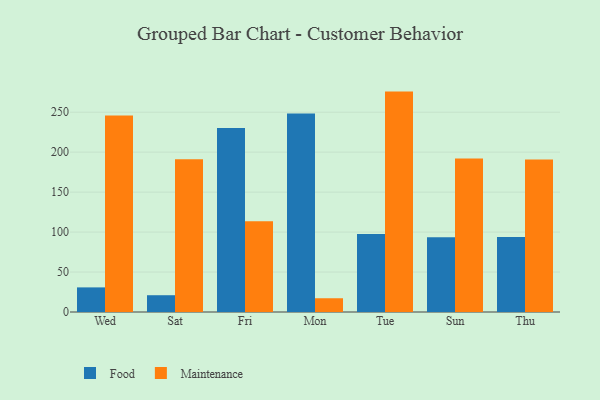
{"axis": {"x": "Day", "y": "Humidity (%)"}, "legend": ["Food", "Maintenance"], "data": [{"x": "Wed", "y": 30.8, "type": "Food"}, {"x": "Wed", "y": 246.0, "type": "Maintenance"}, {"x": "Sat", "y": 21.0, "type": "Food"}, {"x": "Sat", "y": 191.1, "type": "Maintenance"}, {"x": "Fri", "y": 230.1, "type": "Food"}, {"x": "Fri", "y": 113.6, "type": "Maintenance"}, {"x": "Mon", "y": 248.5, "type": "Food"}, {"x": "Mon", "y": 17.2, "type": "Maintenance"}, {"x": "Tue", "y": 97.7, "type": "Food"}, {"x": "Tue", "y": 275.8, "type": "Maintenance"}, {"x": "Sun", "y": 93.4, "type": "Food"}, {"x": "Sun", "y": 192.2, "type": "Maintenance"}, {"x": "Thu", "y": 93.7, "type": "Food"}, {"x": "Thu", "y": 190.7, "type": "Maintenance"}]}